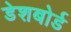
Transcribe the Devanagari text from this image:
डेशबोर्ड